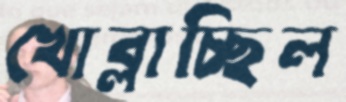
খোব্‌লাচ্ছিল